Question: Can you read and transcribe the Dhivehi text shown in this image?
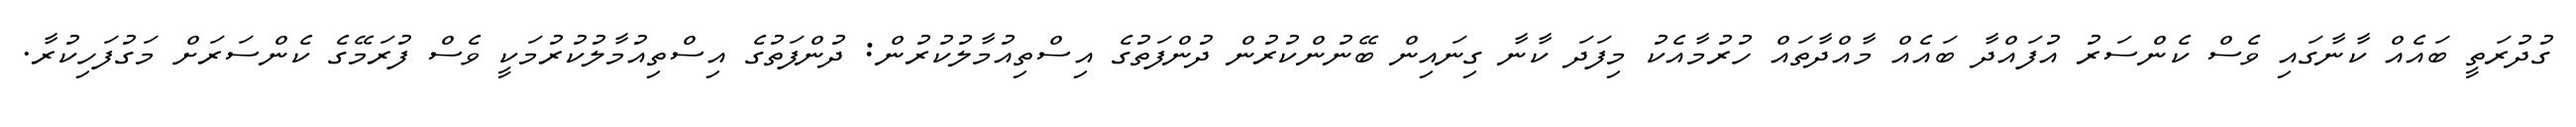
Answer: ގުދުރަތީ ބައެއް ކާނާގައި ވެސް ކެންސަރު އުފައްދާ ބައެއް މާއްދާތައް ހުރުމާއެކު މިފަދަ ކާނާ ގިނައިން ބޭނުންކުރުން ދުންފަތުގެ އިސްތިއުމާލުކުރުން: ދުންފަތުގެ އިސްތިއުމާލުކުރުމަކީ ވެސް ފުރަމޭގެ ކެންސަރަށް މަގުފަހިކުރާ.